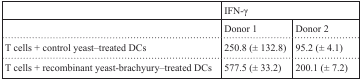
|  | <COLSPAN=2> IFN-γ |
 | --- | --- | --- |
 |  | Donor 1 | Donor 2 |
 | T cells + control yeast–treated DCs | 250.8 (± 132.8) | 95.2 (± 4.1) |
 | T cells + recombinant yeast-brachyury–treated DCs | 577.5 (± 33.2) | 200.1 (± 7.2) |